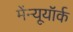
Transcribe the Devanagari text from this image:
मेंन्यूयॉर्क